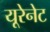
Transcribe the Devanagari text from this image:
यूरेनेट